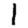
Digit: 1